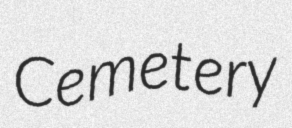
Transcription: Cemetery